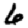
Digit: 6